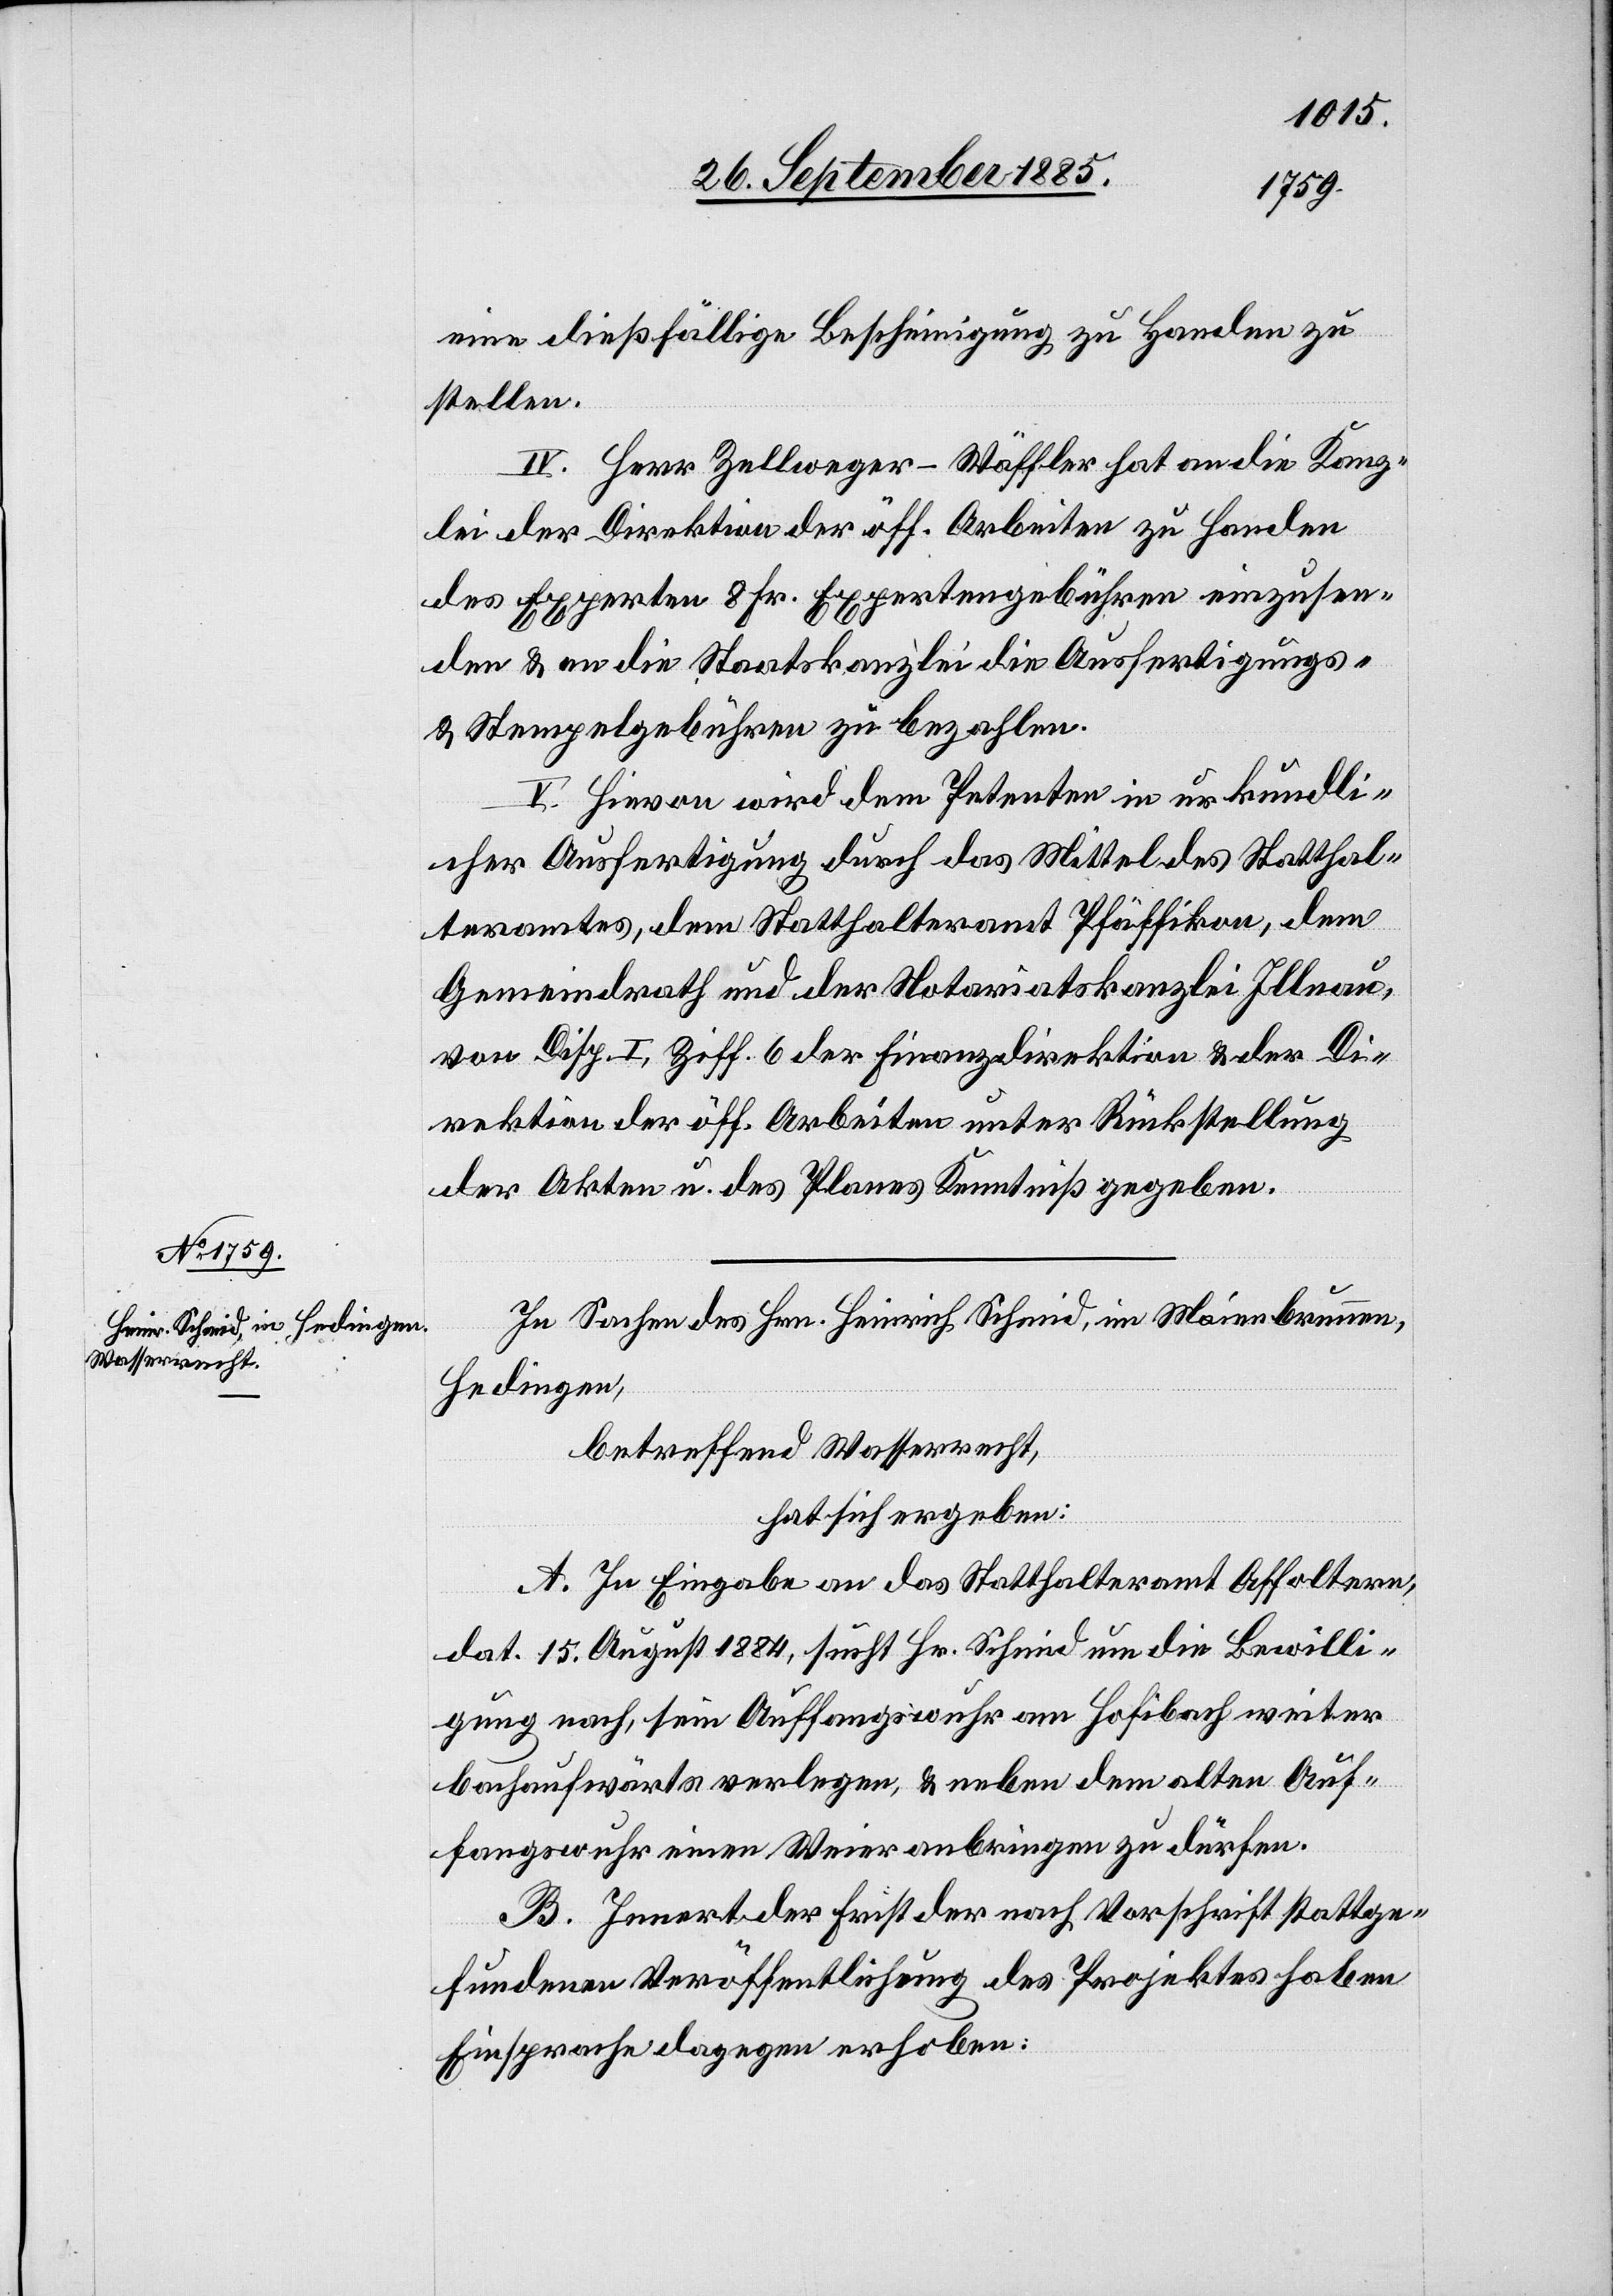
eine dießfällige Bescheinigung zu Handen zu
stellen.
IV. Herr Zellweger-Wäffler hat an die Kanz¬
lei der Direktion der öff. Arbeiten zu Handen
des Experten 8 Fr. Expertengebühren einzusen¬
den & an die Staatskanzlei die Ausfertigungs-
& Stempelgebühren zu bezahlen.
V. Hievon wird dem Petenten in urkundli¬
cher Ausfertigung durch das Mittel des Statthal¬
teramtes, dem Statthalteramt Pfäffikon, dem
Gemeindrath und der Notariatskanzlei Illnau
von Disp. I, Ziff. 6 der Finanzdirektion & der Di¬
rektion der öff. Arbeiten unter Rücksendung
der Akten u. des Planes Kenntniß gegeben.
In Sachen des Hrn. Heinrich Schmid, im Maienbrunnen,
Hedingen,
betreffend Wasserrecht,
hat sich ergeben:
A. In Eingabe an das Statthalteramt Affoltern,
dat. 15. August 1884, sucht Hr. Schmid um die Bewilli¬
gung nach, sein Auffangswuhr am Hofibach weiter
bachaufwärts verlegen, & neben dem alten Auf¬
fangswuhr einen Weier anbringen zu dürfen.
B. Innert der Frist der nach Vorschrift stattge¬
fundenen Veröffentlichung des Projektes haben
Einsprache dagegen erhoben: